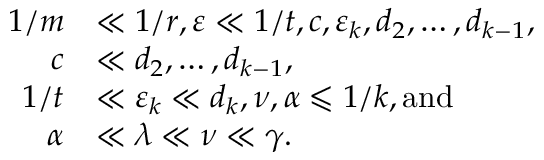
\begin{array} { r l } { 1 / m } & { \ll 1 / r , \varepsilon \ll 1 / t , c , \varepsilon _ { k } , d _ { 2 } , \dots , d _ { k - 1 } , } \\ { c } & { \ll d _ { 2 } , \dots , d _ { k - 1 } , } \\ { 1 / t } & { \ll \varepsilon _ { k } \ll d _ { k } , \nu , \alpha \leqslant 1 / k , \mathrm { a n d } } \\ { \alpha } & { \ll \lambda \ll \nu \ll \gamma . } \end{array}